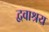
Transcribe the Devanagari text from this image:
द्ववाश्रय